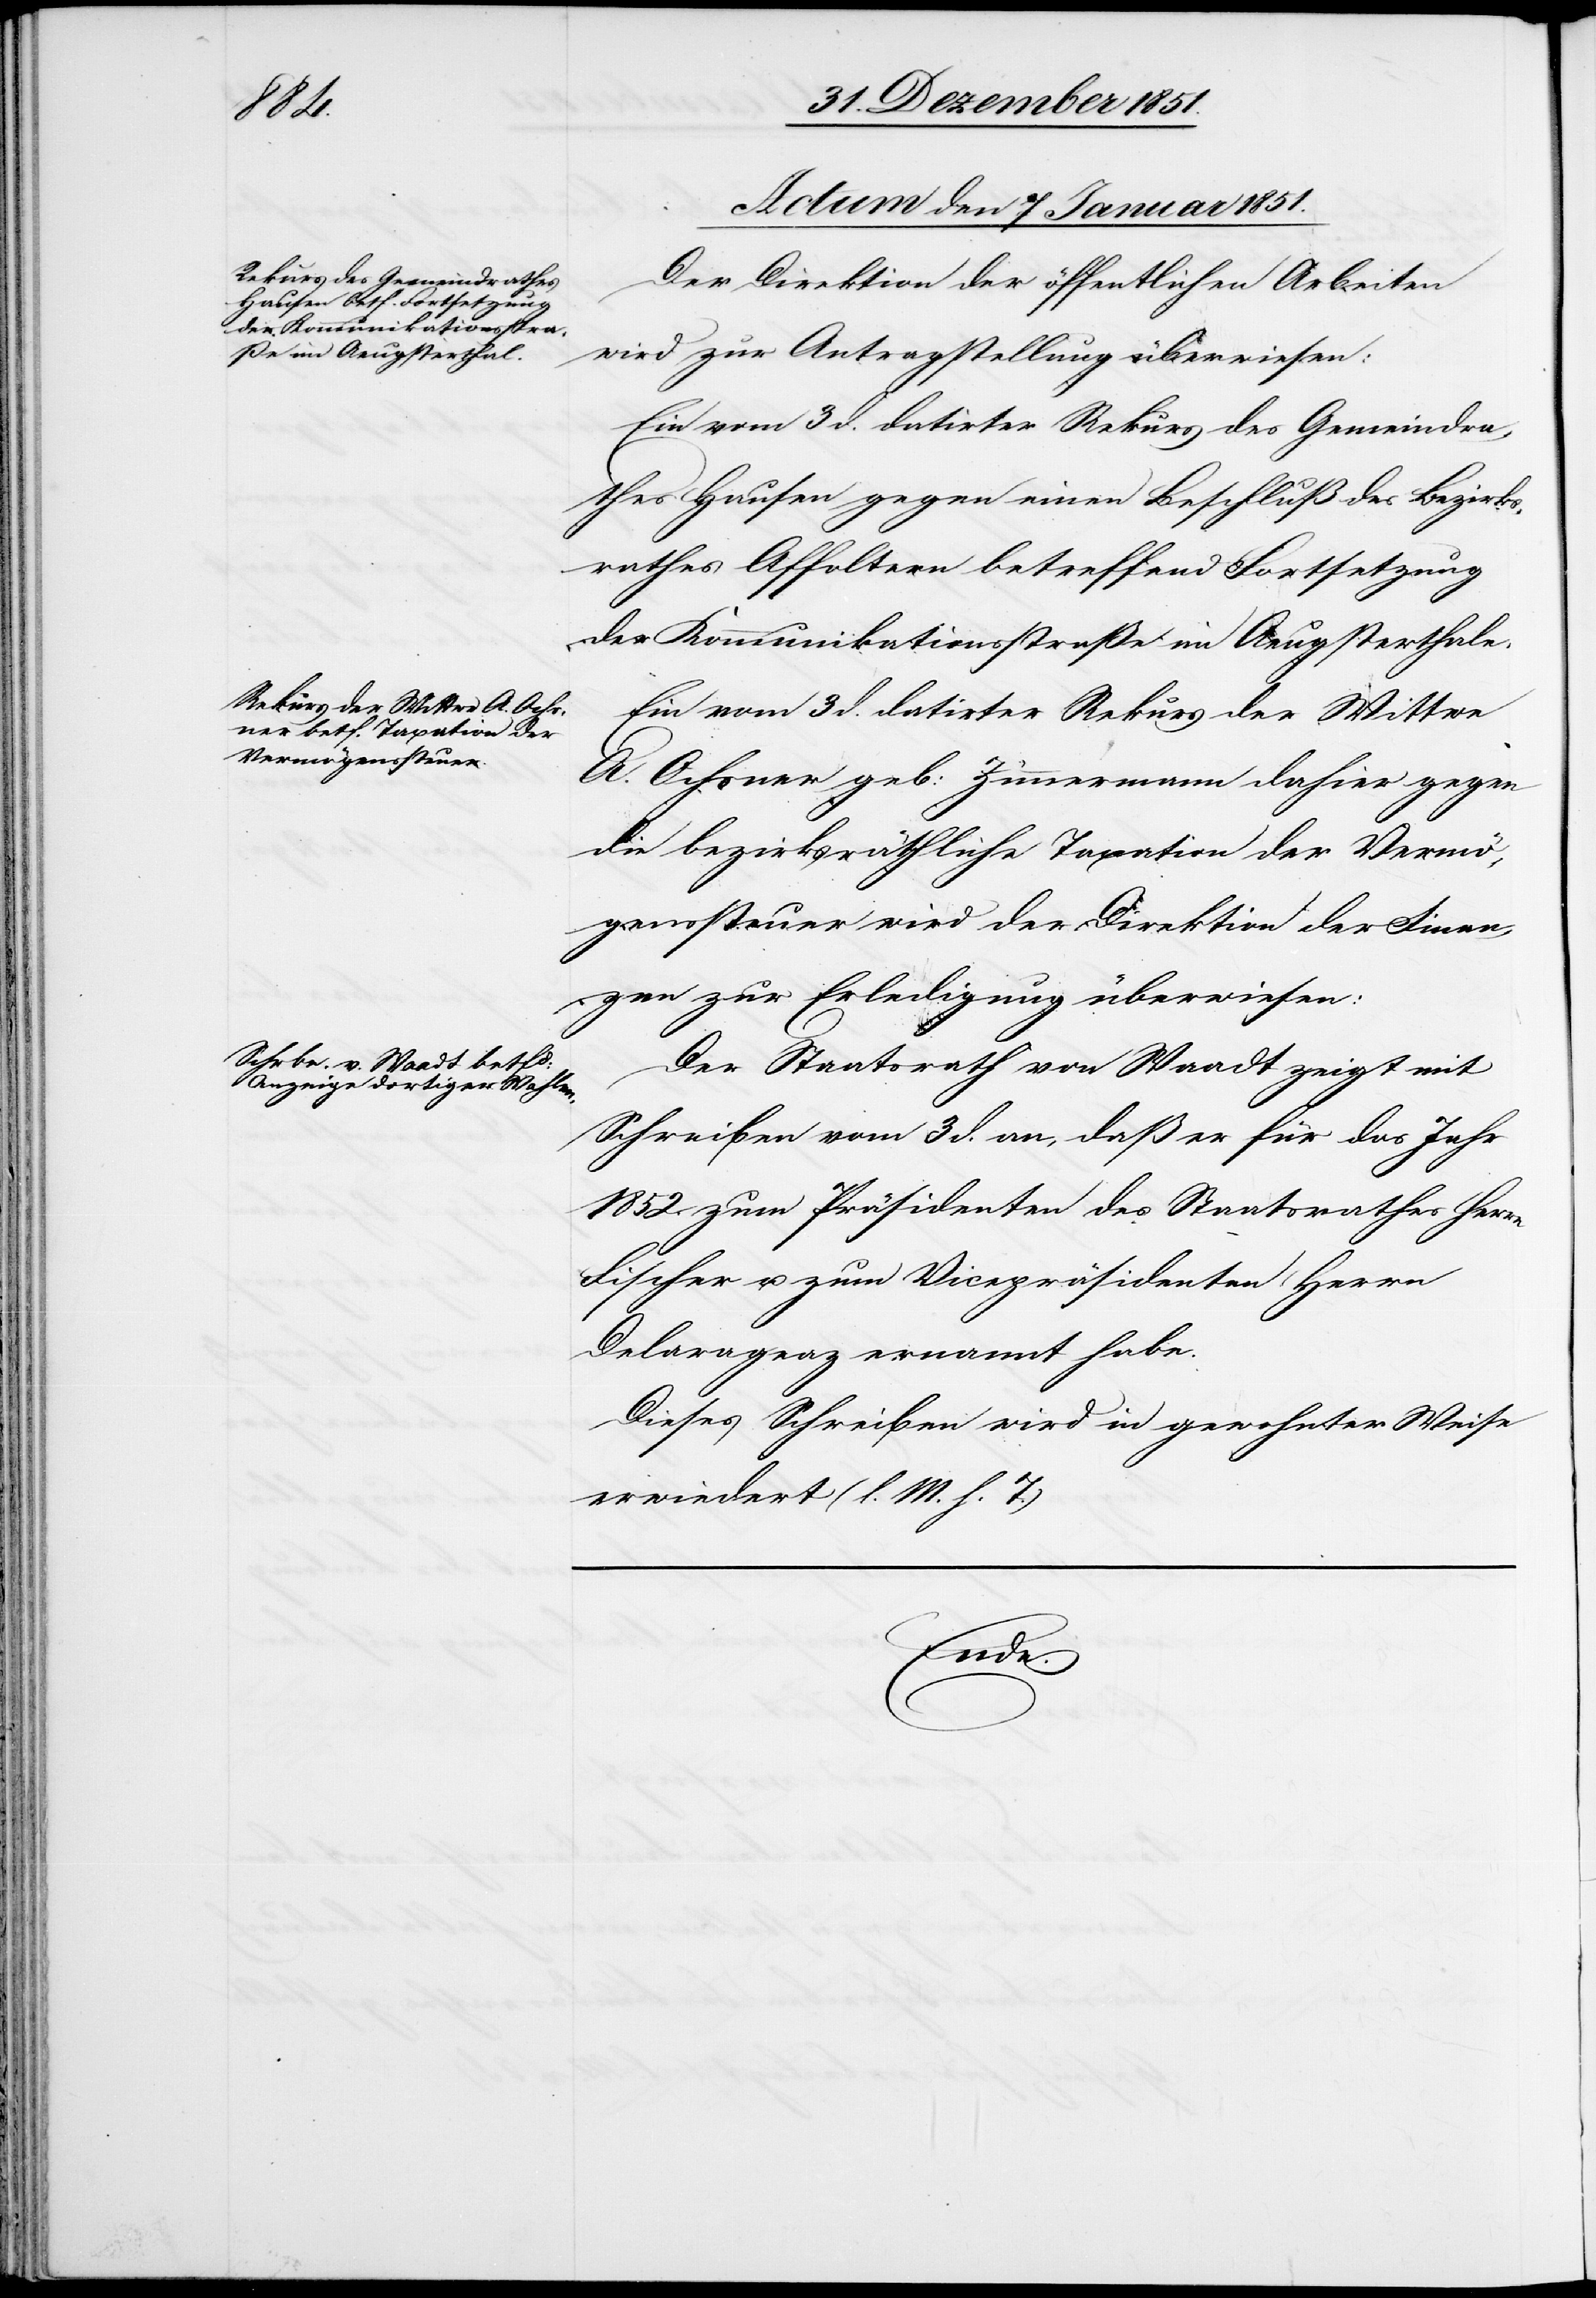
1852.]

Actum den 7 Januar 1852.]
Der Direktion der öffentlichen Arbeiten
wird zur Antragstellung überwiesen:
Ein vom 3 d. datirter Rekurs des Gemeindra¬
thes Hausen gegen einen Beschluß des Bezirks¬
rathes Affoltern betreffend Fortsetzung
der Kommunikationsstraße im Aeugsterthale.
Ein vom 3 d. datirter Rekurs der Wittwe
A. Ochsner geb: Zimmermann dahier gegen
die bezirksräthliche Taxation der Vermö¬
genssteuer wird der Direktion der Finan¬
zen zur Erledigung überwiesen:
Der Staatsrath von Waadt zeigt mit
Schreiben vom 3 d. an, daß er für das Jahr
1852. zum Präsidenten des Staatsrathes Herrn
Fischer u. zum Vicepräsidenten Herrn
Delarageaz ernannt habe.
Dieses Schreiben wird in gewohnter Weise
erwiedert (l. M. h. T.)